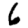
Digit: 6